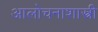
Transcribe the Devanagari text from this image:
आलोचनाशास्त्री